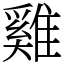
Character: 雞